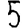
Digit: 5